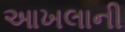
આખલાની